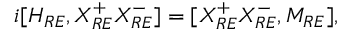
i [ { \cal H } _ { R E } , X _ { R E } ^ { + } X _ { R E } ^ { - } ] = [ X _ { R E } ^ { + } X _ { R E } ^ { - } , M _ { R E } ] ,